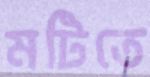
মটিতে